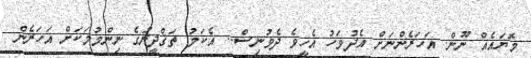
މޮޔައެއް ނޫން. އަހަރެންނަށް އެދުވަހު އެހީވެ ދެވުނިސް.. އެކަމު ތަޤްދީރުގެ ނިންމުމަކަށް އަހަރެން